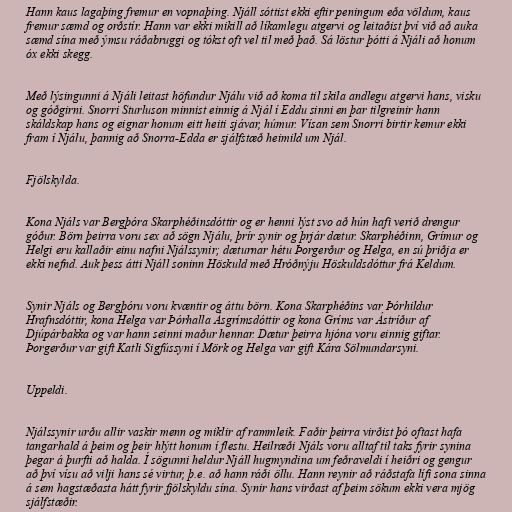
Hann kaus lagaþing fremur en vopnaþing. Njáll sóttist ekki eftir peningum eða völdum, kaus
fremur sæmd og orðstír. Hann var ekki mikill að líkamlegu atgervi og leitaðist því við að auka
sæmd sína með ýmsu ráðabruggi og tókst oft vel til með það. Sá löstur þótti á Njáli að honum
óx ekki skegg.

Með lýsingunni á Njáli leitast höfundur Njálu við að koma til skila andlegu atgervi hans, visku
og góðgirni. Snorri Sturluson minnist einnig á Njál í Eddu sinni en þar tilgreinir hann
skáldskap hans og eignar honum eitt heiti sjávar, húmur. Vísan sem Snorri birtir kemur ekki
fram í Njálu, þannig að Snorra-Edda er sjálfstæð heimild um Njál.

Fjölskylda.

Kona Njáls var Bergþóra Skarphéðinsdóttir og er henni lýst svo að hún hafi verið drengur
góður. Börn þeirra voru sex að sögn Njálu, þrír synir og þrjár dætur. Skarphéðinn, Grímur og
Helgi eru kallaðir einu nafni Njálssynir; dæturnar hétu Þorgerður og Helga, en sú þriðja er
ekki nefnd. Auk þess átti Njáll soninn Höskuld með Hróðnýju Höskuldsdóttur frá Keldum.

Synir Njáls og Bergþóru voru kvæntir og áttu börn. Kona Skarphéðins var Þórhildur
Hrafnsdóttir, kona Helga var Þórhalla Ásgrímsdóttir og kona Gríms var Ástríður af
Djúpárbakka og var hann seinni maður hennar. Dætur þeirra hjóna voru einnig giftar.
Þorgerður var gift Katli Sigfússyni í Mörk og Helga var gift Kára Sölmundarsyni.

Uppeldi.

Njálssynir urðu allir vaskir menn og miklir af rammleik. Faðir þeirra virðist þó oftast hafa
tangarhald á þeim og þeir hlýtt honum í flestu. Heilræði Njáls voru alltaf til taks fyrir synina
þegar á þurfti að halda. Í sögunni heldur Njáll hugmyndina um feðraveldi í heiðri og gengur
að því vísu að vilji hans sé virtur, þ.e. að hann ráði öllu. Hann reynir að ráðstafa lífi sona sinna
á sem hagstæðasta hátt fyrir fjölskyldu sína. Synir hans virðast af þeim sökum ekki vera mjög
sjálfstæðir.